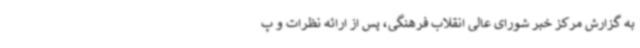
به گزارش مرکز خبر شورای عالی انقلاب فرهنگی، پس از ارائه نظرات و پ